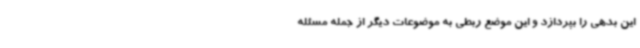
این بدهی را بپردازد و این موضع ربطی به موضوعات دیگر از جمله مسئله